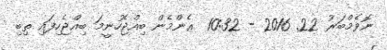
ނޮވެމްބަރު 22